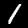
Digit: 1